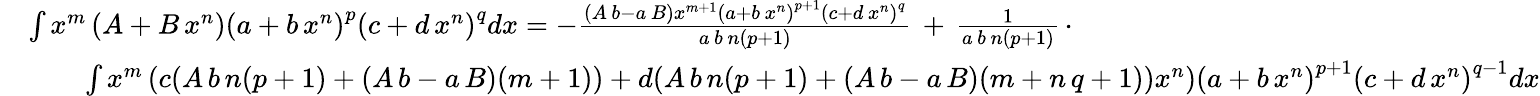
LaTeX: {\begin{array}{rl}&{\int x^{m}\left(A+B\, x^{n}\right)\left(a+b\, x^{n}\right)^{p}\left(c+d\, x^{n}\right)^{q}dx=-{\frac{(A\, b-a\, B)x^{m+1}\left(a+b\, x^{n}\right)^{p+1}\left(c+d\, x^{n}\right)^{q}}{a\, b\, n(p+1)}}\, +\, {\frac{1}{a\, b\, n(p+1)}}\, \cdot}\\ &{\qquad\int x^{m}\left(c(A\, b\, n(p+1)+(A\, b-a\, B)(m+1))+d(A\, b\, n(p+1)+(A\, b-a\, B)(m+n\, q+1))x^{n}\right)\left(a+b\, x^{n}\right)^{p+1}\left(c+d\, x^{n}\right)^{q-1}dx}\end{array}}